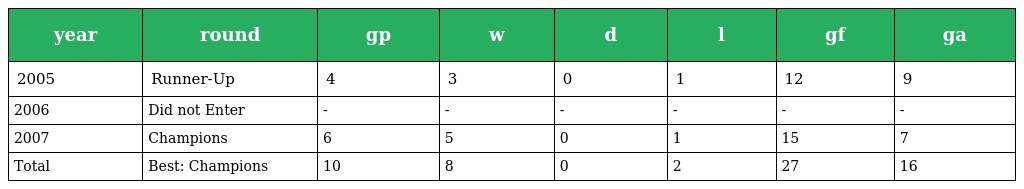
| year | round | gp | w | d | l | gf | ga |
 | --- | --- | --- | --- | --- | --- | --- | --- |
 | 2005 | Runner-Up | 4 | 3 | 0 | 1 | 12 | 9 |
 | 2006 | Did not Enter | - | - | - | - | - | - |
 | 2007 | Champions | 6 | 5 | 0 | 1 | 15 | 7 |
 | Total | Best: Champions | 10 | 8 | 0 | 2 | 27 | 16 |